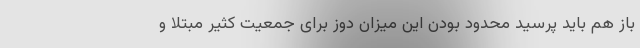
باز هم باید پرسید محدود بودن این میزان دوز برای جمعیت کثیر مبتلا و